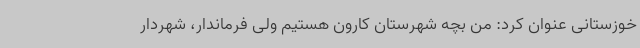
خوزستانی عنوان کرد:‌ من بچه شهرستان کارون هستیم ولی فرماندار، شهردار